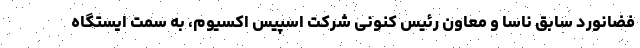
فضانورد سابق ناسا و معاون رئیس کنونی شرکت اسپیس اکسیوم، به سمت ایستگاه